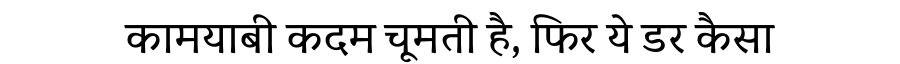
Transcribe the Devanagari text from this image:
कामयाबी कदम चूमती है, फिर ये डर कैसा